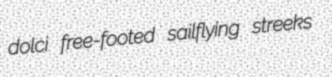
dolci free-footed sailflying streeks